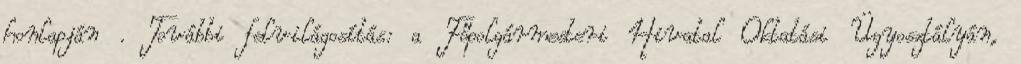
honlapján . További felvilágosítás: a Főpolgármesteri Hivatal Oktatási Ügyosztályán,